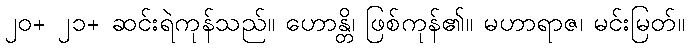
၂၀+ ၂၁+ ဆင်းရဲကုန်သည်။ ဟောန္တိ၊ ဖြစ်ကုန်၏။ မဟာရာဇ၊ မင်းမြတ်။